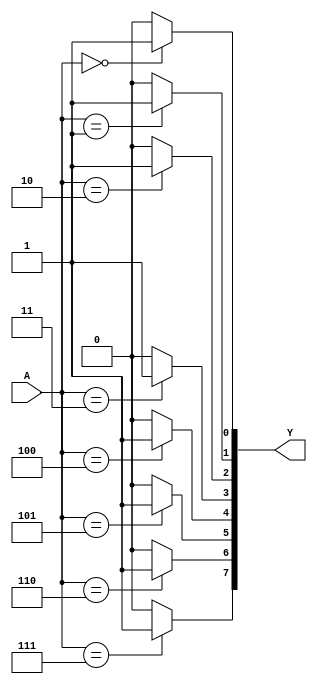
module decode38_b (
    input wire [2:0] A, 
    output reg [7:0] Y
);

integer i;
always @ (*) begin
	for (i = 0; i <= 7; i = i + 1) begin
    	if (A == i)
        	Y[i] = 1;
        else
            Y[i] = 0;
	end
end
endmodule